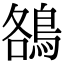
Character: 鵅